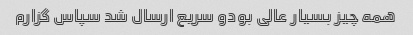
همه چیز بسیار عالی بودو سریع ارسال شد سپاس گزارم